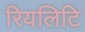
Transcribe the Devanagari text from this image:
रियलिटि